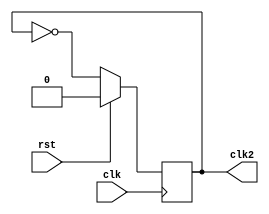
module clk2(rst,clk,clk2);
input rst,clk;
output reg clk2;

always @ (posedge clk)
begin 
if(rst) clk2<=1'b0;
else 
clk2<=~clk2;
end
endmodule